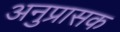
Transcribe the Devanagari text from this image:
अनुप्रासक